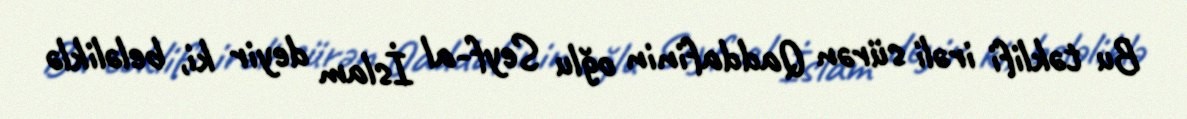
Bu təklifi irəli sürən Qaddafinin oğlu Seyf-al İslam deyir ki, beləliklə